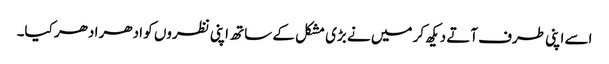
اسے اپنی طرف آتے دیکھ کر میں نے بڑی مشکل کے ساتھ اپنی نظروں کو ادھر ادھر کیا۔